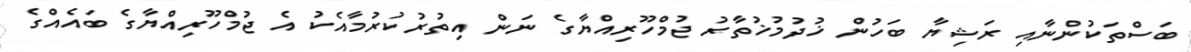
ބަސްތަކުންނާއި ރަޝިޔާ ބަހުން ޚުދުމުޚުތާރު ޖުމްހޫރިއްޔާގެ ނަން އިތުރުކުރުމާއެކު އެ ޖުމްހޫރިއްޔާގެ ބައެއްގެ